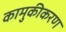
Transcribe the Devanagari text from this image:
कामुकीकरण